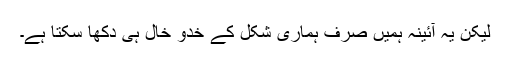
لیکن یہ آئینہ ہمیں صرف ہماری شکل کے خدو خال ہی دکھا سکتا ہے۔